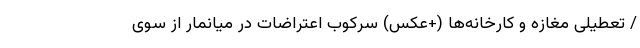
/ تعطیلی مغازه و کارخانه‌ها (+عکس) سرکوب اعتراضات در میانمار از سوی